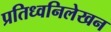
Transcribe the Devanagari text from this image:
प्रतिध्वनिलेखन